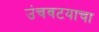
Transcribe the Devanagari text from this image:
उंचवटयाचा